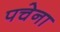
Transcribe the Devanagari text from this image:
पचेना